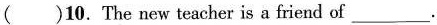
( )10. The new teacher is a friend of___.